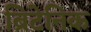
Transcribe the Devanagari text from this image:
ब्रिटेनिक